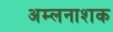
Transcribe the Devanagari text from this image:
अम्लनाशक